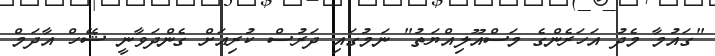
"ގައުމާ މެދު އަހަރެންގެ މަސްއޫލިއްޔަތު" ނަމުގައި ދަރުސް ކުރިއަށް ގެންދަވާނީ ޝޭހް އާދަމް